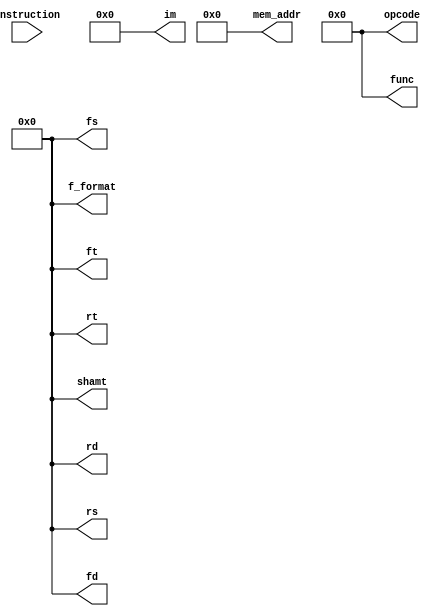
module InstructionDecoder(instruction, opcode, rd, rs, rt, fs, ft, fd, f_format, im, shamt, mem_addr, func);

parameter IR_LEN = 32;
parameter REG_LEN = 5;
parameter SHIFT_LEN = 5;
parameter FUNC_LEN = 6;
parameter IM_LEN = 16;
parameter MEM_LEN = 26;
parameter OPC_LEN = 6;


input [IR_LEN-1 : 0] instruction;


output  [REG_LEN - 1 : 0] rd, rs, rt = 0;
output  [REG_LEN - 1 : 0] fd, fs, ft = 0;
output  [REG_LEN - 1 : 0] f_format = 0;
output  [IM_LEN - 1 : 0] im = 0;
output  [SHIFT_LEN - 1 : 0] shamt = 0;
output  [MEM_LEN - 1 : 0] mem_addr = 0;
output  [OPC_LEN - 1 : 0] opcode = 0;
output  [FUNC_LEN - 1 : 0] func = 0;


localparam R = 2'b00;
localparam I = 2'b01;
localparam J = 2'b10;


assign rs = instruction[25:21];
assign rt = instruction[20:16];
assign rd = instruction[15:11];
assign ft = instruction[20:16];
assign fs = instruction[15:11];
assign fd = instruction[10:6];
assign im = instruction[15:0];
assign mem_addr = instruction[25:0];
assign opcode = instruction[31:26];
assign shamt = instruction[10:6];
assign func = instruction[5:0];
assign f_format = instruction[31 - 6: 31 - 6 - 5 + 1];

endmodule